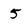
Character: 5